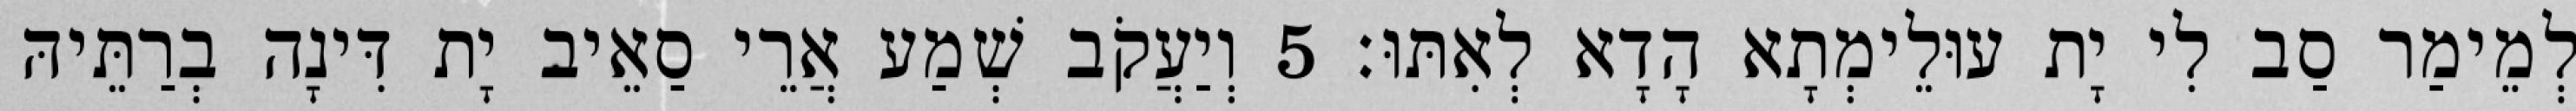
לְמֵימַר סַב לִי יָת עוּלֵימְתָא הָדָא לְאִתּוּ׃ 5 וְיַעֲקֹב שְׁמַע אֲרֵי סַאֵיב יָת דִּינָה בְרַתֵּיהּ